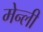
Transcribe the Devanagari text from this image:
मेन्ली